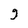
Character: g